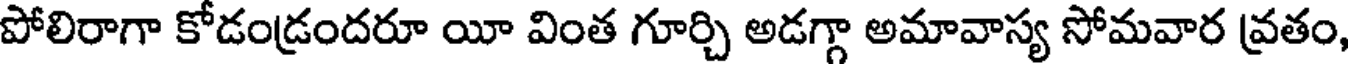
పోలిరాగా కోడండ్రందరూ యీ వింత గూర్చి అడగ్గా అమావాస్య సోమవార వ్రతం,